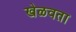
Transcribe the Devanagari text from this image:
खेळवता